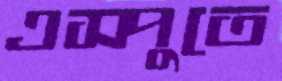
এস্পুতে